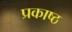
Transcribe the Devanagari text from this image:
प्रकाष्ठ